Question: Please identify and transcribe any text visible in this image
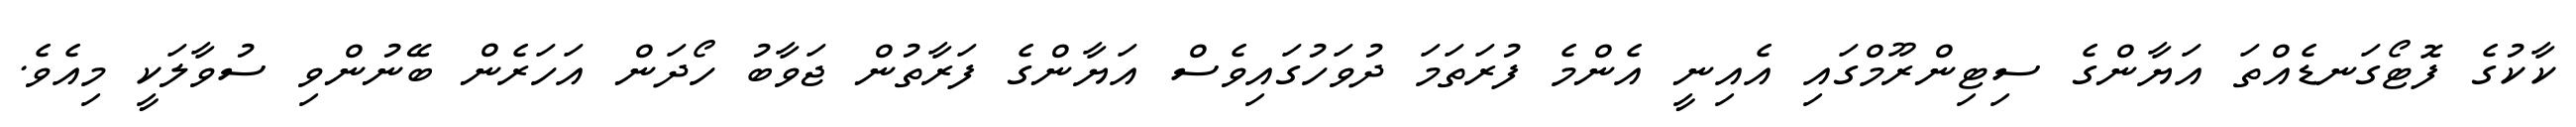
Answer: ކާކުގެ ފޮޓޯގަނޑެއްތަ އަޔާންގެ ސިޓިންރޫމްގައި އެއިނީ އެންމެ ފުރަތަމަ ދުވަހުގައިވެސް އަޔާންގެ ފަރާތުން ޖަވާބު ހޯދަން އަހަރެން ބޭނުންވި ސުވާލަކީ މިއެވެ.